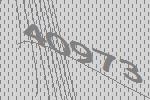
40973